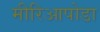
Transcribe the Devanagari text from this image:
मीरिआपोडा